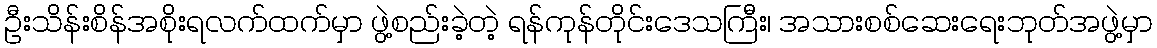
ဦးသိန်းစိန်အစိုးရလက်ထက်မှာ ဖွဲ့စည်းခဲ့တဲ့ ရန်ကုန်တိုင်းဒေသကြီး၊ အသားစစ်ဆေးရေးဘုတ်အဖွဲ့မှာ